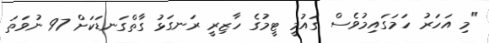
"މި އަހަރު ހަމަގައިމުވެސް ގައުމީ ޓީމުގެ ހާޒިރީ ރަނގަޅު ގާތްގަނޑަކަށް 97 ނުވަތަ